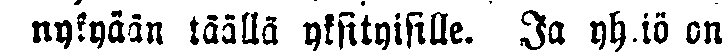
nykyään täällä yksityisille. Ja yhtiö on